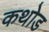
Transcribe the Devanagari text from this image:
कथोड